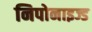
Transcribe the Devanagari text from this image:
निपोनाइज्ड